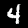
Digit: 4